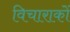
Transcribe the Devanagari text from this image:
विचाराकों